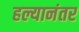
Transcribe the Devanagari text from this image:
हल्यानंतर